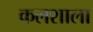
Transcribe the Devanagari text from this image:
कलशाला